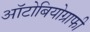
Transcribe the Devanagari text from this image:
ऑटोबियोग्राफी